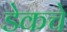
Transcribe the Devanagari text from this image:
डेकचे